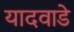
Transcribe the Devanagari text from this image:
यादवाडे